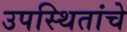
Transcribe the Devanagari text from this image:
उपस्थितांचे